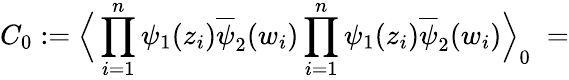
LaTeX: C_{0}:=\Big\langle\prod_{i=1}^{n}\psi_{1}(z_{i})\overline{{{\psi}}}_{2}(w_{i})\prod_{i=1}^{n}\psi_{1}(z_{i})\overline{{{\psi}}}_{2}(w_{i})\Big\rangle_{0}\; =